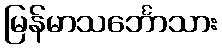
မြန်မာသင်္ဘောသား